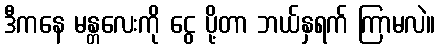
ဒီကနေ မန္တလေးကို ငွေ ပို့တာ ဘယ်နှရက် ကြာမလဲ။